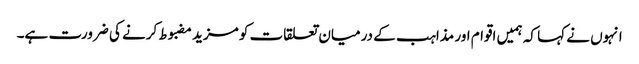
انہوں نے کہا کہ ہمیں اقوام اور مذاہب کے درمیان تعلقات کو مزید مضبوط کرنے کی ضرورت ہے۔